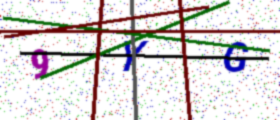
Text: 9YG